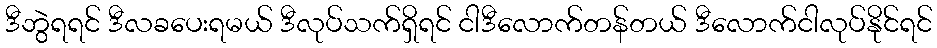
ဒီဘွဲရရင် ဒီလခပေးရမယ် ဒီလုပ်သက်ရှိရင် ငါဒီလောက်တန်တယ် ဒီလောက်ငါလုပ်နိုင်ရင်